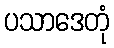
ပသာဒေတုံ